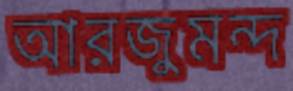
আরজুমন্দ